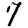
Digit: 7